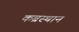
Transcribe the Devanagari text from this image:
कब्रस्थान